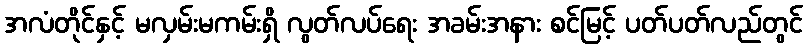
အလံတိုင်နှင့် မလှမ်းမကမ်းရှိ လွတ်လပ်ရေး အခမ်းအနား စင်မြင့် ပတ်ပတ်လည်တွင်